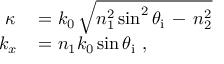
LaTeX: \begin{array} { r l } { \kappa } & { { } = k _ { 0 } \, { \sqrt { n _ { 1 } ^ { 2 } \sin ^ { 2 } \theta _ { \mathrm { i } } \, - \, n _ { 2 } ^ { 2 } } } } \\ { k _ { x \! } } & { { } = n _ { 1 } k _ { 0 } \sin \theta _ { \mathrm { i } } ~ , } \end{array}